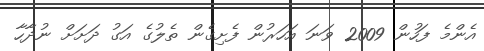
އެންމެ ފަހުން 2009 ވަނަ އަހަރުން ފެށިގެން ތެލުގެ އަގު ދަށަށް ނުދާހާ